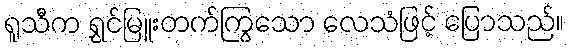
ရူသီက ရွှင်မြူးတက်ကြွသော လေသံဖြင့် ပြောသည်။